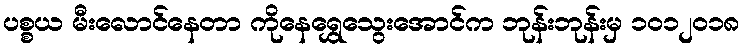
ပစ္စယ မီးလောင်နေတာ ကိုနေရွှေသွေးအောင်က ဘုန်းဘုန်းမှ ၁၀၁၂၀၁၈